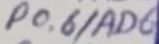
Text: P0.6/AD6